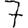
Digit: 7